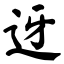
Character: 迓